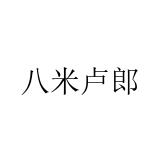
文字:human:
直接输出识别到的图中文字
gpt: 八米卢郎